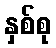
နှစ်စု